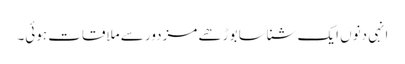
انہی دنوں ایک شناسا بوڑھے مزدور سے ملاقات ہوئی۔